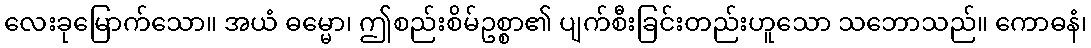
လေးခုမြောက်သော။ အယံ ဓမ္မော၊ ဤစည်းစိမ်ဥစ္စာ၏ ပျက်စီးခြင်းတည်းဟူသော သဘောသည်။ ကောဓနံ၊